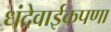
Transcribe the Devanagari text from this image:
धंदेवाईकपणा